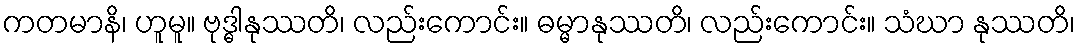
ကတမာနိ၊ ဟူမူ။ ဗုဒ္ဓါနုဿတိ၊ လည်းကောင်း။ ဓမ္မာနုဿတိ၊ လည်းကောင်း။ သံဃာ နုဿတိ၊